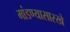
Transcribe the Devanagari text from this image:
मांडण्यासारखे